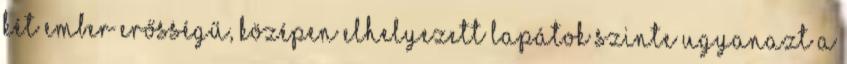
két ember erősségű, középen elhelyezett lapátok szinte ugyanazt a